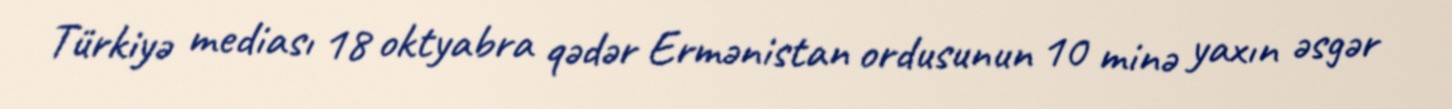
Türkiyə mediası 18 oktyabra qədər Ermənistan ordusunun 10 minə yaxın əsgər